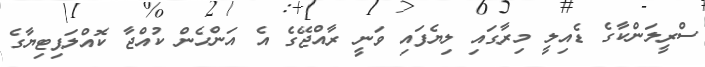
ސްރީލަންކާގެ ޑެއިލީ މިރާގައި ލިޔެފައި ވަނީ ރާއްޖޭގެ އެ އަންހެން ކުއްޖާ ކޮއްލަޕިޓިޔާގެ